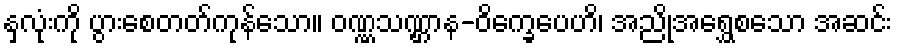
နှလုံးကို ပွားစေတတ်ကုန်သော။ ဝဏ္ဏသဏ္ဌာန-ဝိက္ခေပေဟိ၊ အညိုအရွှေစသော အဆင်း